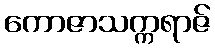
ကောဇာသက္ကရာဇ်